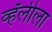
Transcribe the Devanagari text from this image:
व्हॅलीला